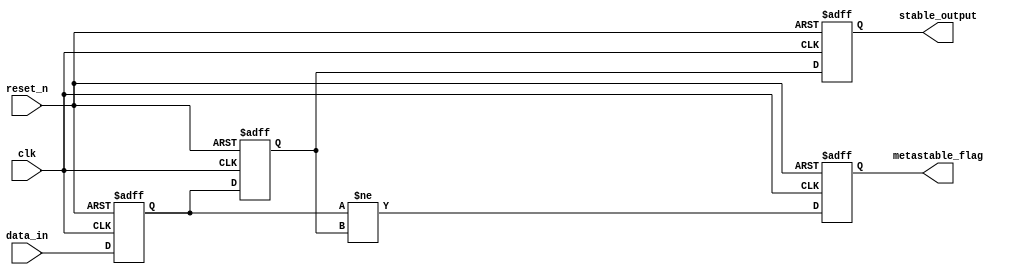
module metastability_detector (
    input wire clk,                // Clock signal
    input wire reset_n,            // Active low asynchronous reset
    input wire data_in,            // Asynchronous input signal
    output reg metastable_flag,    // Metastability detection flag
    output reg stable_output        // Synchronized output of data_in
);

    // Internal signals for flip-flop outputs
    reg ff1_output;
    reg ff2_output;

    // Flip-flop 1: Capture data_in on the rising edge of clk
    always @(posedge clk or negedge reset_n) begin
        if (!reset_n) begin
            ff1_output <= 1'b0; // Reset to known state
        end else begin
            ff1_output <= data_in; // Sample data_in
        end
    end

    // Flip-flop 2: Capture ff1_output on the next rising edge of clk
    always @(posedge clk or negedge reset_n) begin
        if (!reset_n) begin
            ff2_output <= 1'b0; // Reset to known state
        end else begin
            ff2_output <= ff1_output; // Sample ff1_output
        end
    end

    // Metastability detection logic
    always @(posedge clk or negedge reset_n) begin
        if (!reset_n) begin
            metastable_flag <= 1'b0; // Reset metastable flag
        end else begin
            // Set metastable_flag high if ff1_output and ff2_output are different
            metastable_flag <= (ff1_output != ff2_output);
        end
    end

    // Synchronized output
    always @(posedge clk or negedge reset_n) begin
        if (!reset_n) begin
            stable_output <= 1'b0; // Reset stable output
        end else begin
            stable_output <= ff2_output; // Output the synchronized signal
        end
    end

endmodule